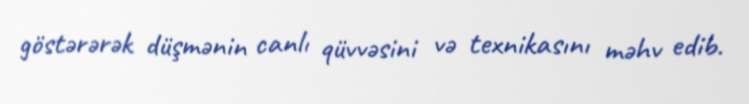
göstərərək düşmənin canlı qüvvəsini və texnikasını məhv edib.